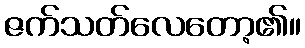
ဇက်သတ်လေတော့၏။